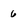
Character: 6